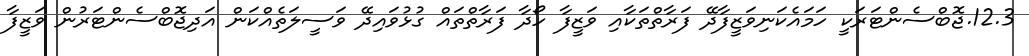
12.3.ޖޮބްސެންޓަރަކީ ހަމައެކަނިވަޒީފާދޭ ފަރާތްތަކާއި ވަޒީފާ ހޯދާ ފަރާތްތައް ގުޅުވައިދޭ ވަސީލަތެއްކަން އަދިޖޮބްސެންޓަރުން ވަޒީފާ